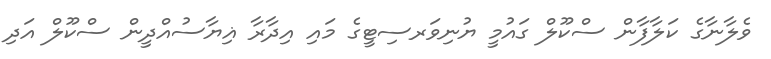
ވެލާނާގެ ކަލާފާން ސްކޫލް ގައުމީ ޔުނިވަރސިޓީގެ މައި އިދާރާ ޣިޔާސުއްދީން ސްކޫލް އަދި